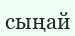
сыңай